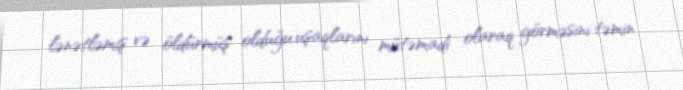
lənətləmiş və öldürmüş olduğu uşaqlarını mütəmadi olaraq görməsini təmin